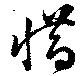
惜